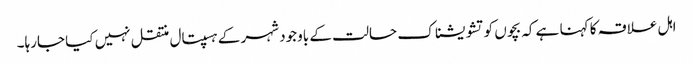
اہل علاقہ کا کہنا ہے کہ بچوں کو تشویشناک حالت کے باوجود شہر کے ہسپتال منتقل نہیں کیا جارہا۔